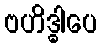
ဗဟိဒ္ဓါပေ